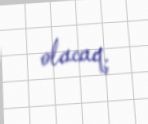
olacaq.